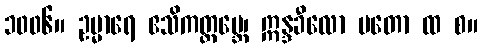
၁၀၀၆။ ဥမ္မာရေ ဧသိကတ္ထမ္ဘေ၊ ဣန္ဒခီလော မတော ထ စ။